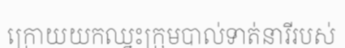
ក្រោយយកឈ្នះក្រុមបាល់ទាត់នារីរបស់